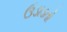
ઉડાડતો